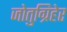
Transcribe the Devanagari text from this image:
जोतुग्रिहेर